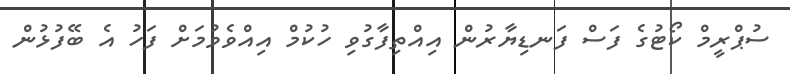
ސުޕްރީމް ކޯޓުގެ ފަސް ފަނޑިޔާރުން އިއްތިފާގުވި ހުކުމް އިއްވެވުމަށް ފަހު އެ ބޭފުޅުން